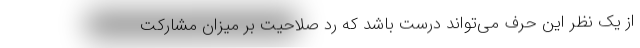
از یک نظر این حرف می‌تواند درست باشد که رد صلاحیت بر میزان مشارکت